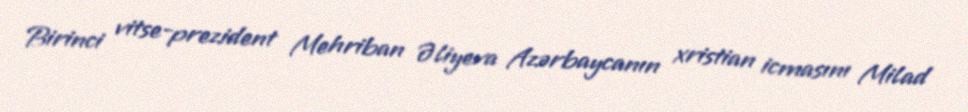
Birinci vitse-prezident Mehriban Əliyeva Azərbaycanın xristian icmasını Milad